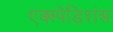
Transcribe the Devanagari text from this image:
एक्स्पेडिशंस